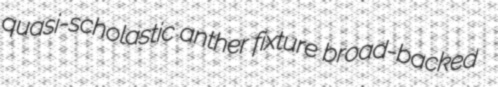
quasi-scholastic anther fixture broad-backed